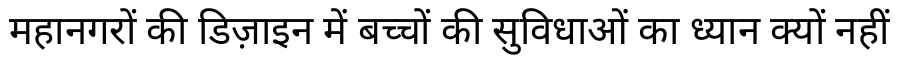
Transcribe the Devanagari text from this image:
महानगरों की डिज़ाइन में बच्चों की सुविधाओं का ध्यान क्यों नहीं